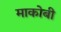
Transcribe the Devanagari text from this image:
माकोबी